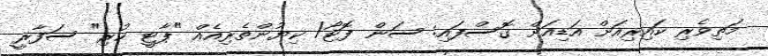
މަތިވެރި ކައިރިއަށް އަޑިއަށް ގޮސްފައި: ސަން ފޮޓޯ/ ކިޔުންތެރިއެއް "ޕާޓީ ކުރި" ސަފާރީ